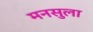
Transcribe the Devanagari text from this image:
मनसुला